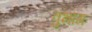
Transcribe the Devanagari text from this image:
वुभाग